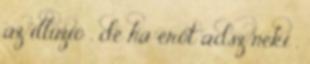
az illúzió , de ha erőt adsz neki ,